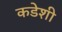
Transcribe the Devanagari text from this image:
कडेशी